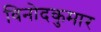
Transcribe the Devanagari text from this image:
विनोदकुमार